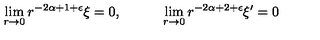
\lim _ { r \rightarrow 0 } r ^ { - 2 \alpha + 1 + \epsilon } \xi = 0 , \qquad \quad \lim _ { r \rightarrow 0 } r ^ { - 2 \alpha + 2 + \epsilon } \xi ^ { \prime } = 0